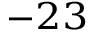
^ { - 2 3 }